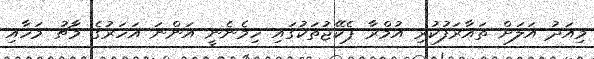
މިއަދު އަލަށް ތައާރަފުކުރި އުމްރާ ޕެކޭޖުތަކުގައި ހިމެނެނީ އަންނަ އަހަރުގެ މާޗު މަހާއި